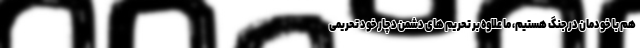
هم با خودمان در جنگ هستیم، ما علاوه بر تحریم های دشمن دچار خود تحریمی